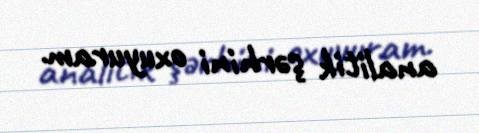
analitik şərhini oxuyuram.